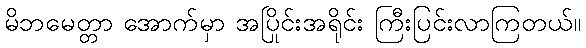
မိဘမေတ္တာ အောက်မှာ အပြိုင်းအရိုင်း ကြီးပြင်းလာကြတယ်။